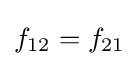
f_{12}=f_{21}